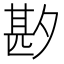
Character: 𫯑